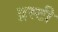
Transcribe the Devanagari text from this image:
द्रस्टी